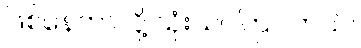
ဖြစ်နေတာလို့ သုံးသပ်ကြပါတယ်။